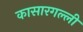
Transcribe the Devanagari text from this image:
कासारगल्ली